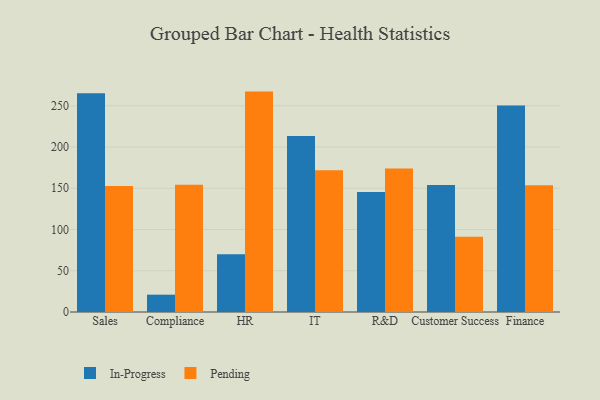
{"axis": {"x": "Department", "y": "Active Users"}, "legend": ["In-Progress", "Pending"], "data": [{"x": "Sales", "y": 265.2, "type": "In-Progress"}, {"x": "Sales", "y": 152.8, "type": "Pending"}, {"x": "Compliance", "y": 21.0, "type": "In-Progress"}, {"x": "Compliance", "y": 154.2, "type": "Pending"}, {"x": "HR", "y": 69.9, "type": "In-Progress"}, {"x": "HR", "y": 267.2, "type": "Pending"}, {"x": "IT", "y": 213.3, "type": "In-Progress"}, {"x": "IT", "y": 171.7, "type": "Pending"}, {"x": "R&D", "y": 145.5, "type": "In-Progress"}, {"x": "R&D", "y": 174.1, "type": "Pending"}, {"x": "Customer Success", "y": 154.1, "type": "In-Progress"}, {"x": "Customer Success", "y": 91.2, "type": "Pending"}, {"x": "Finance", "y": 250.3, "type": "In-Progress"}, {"x": "Finance", "y": 153.8, "type": "Pending"}]}